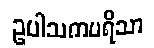
ဥပါသကပရိသာ